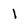
Character: 1